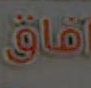
افاق